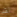
لقد